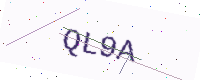
Text: QL9A